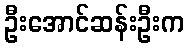
ဦးအောင်ဆန်းဦးက